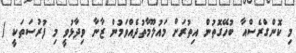
މި ކޮންގްރެސްއާ ބުހޭގޮތުން އިތުރަށް މައުލޫމާތުދެއްވަމުން ޒާނާ ވިދާޅުވީ މި ފުރުސަތަކީ (